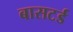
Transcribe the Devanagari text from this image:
बासटर्ड